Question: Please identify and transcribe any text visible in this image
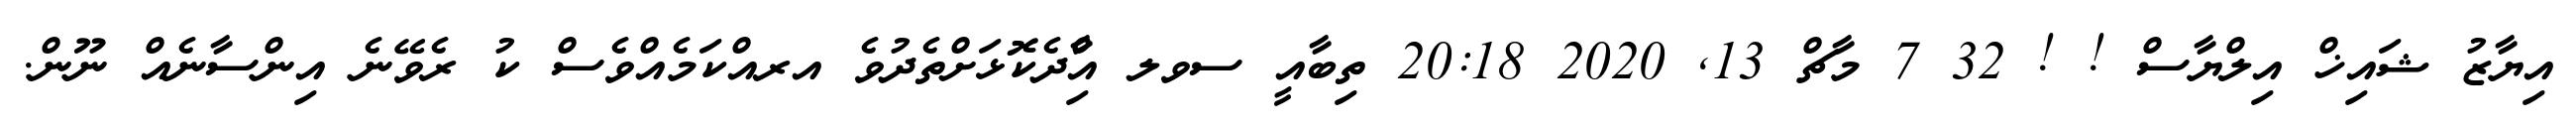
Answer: އިޔާޒު ޝައިޚް އިލްޔާސް ! ! 32 7 މާޗް 13, 2020 20:18 ތިބާއީ ސވލ އާްިދެކޮޅަށްތެދުވެ އރއްކަމެއްވެސް ކު ރެވޭނެ އިންސާނެއް ނޫން.